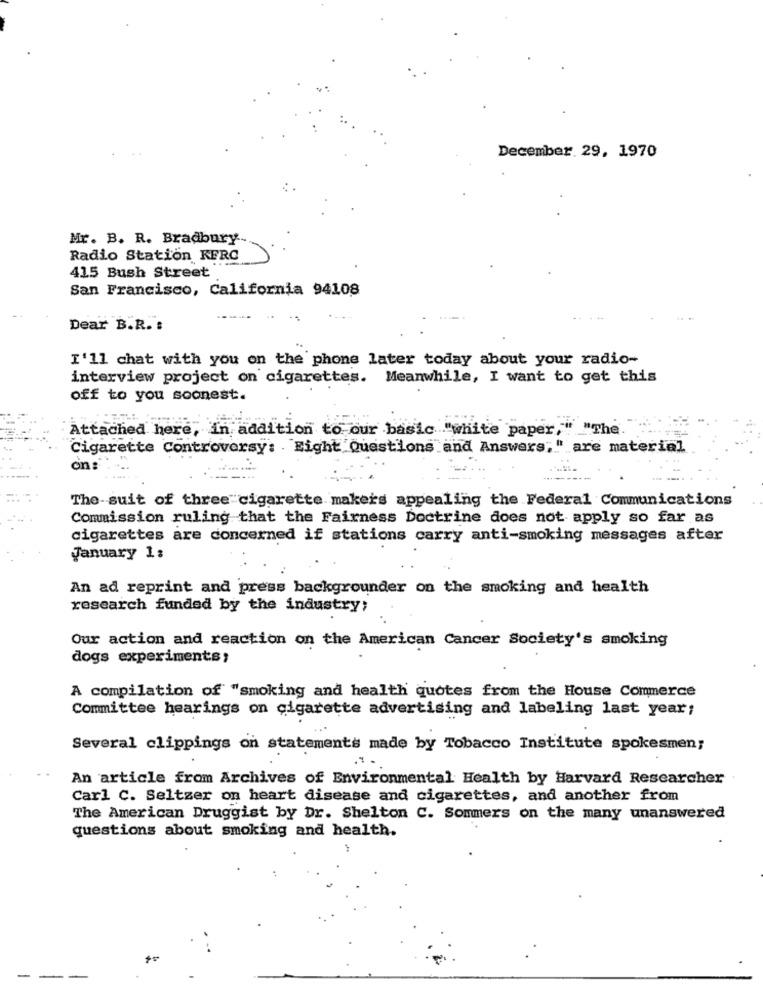
December 29, 1970
Mr. B. R. Bradbury-
Radio Station KFRC
415 Bush Street
San Francisco, California 94108
....
Dear B.R. :
I'll chat with you on the phone later today about your radio-
interview project on cigarettes. Meanwhile, I want to get this
off to you soonest.
Attached here, in addition to our basic "white paper," "The.
Cigarette Controversy: . Eight Questions and Answers;" are material
on:
---
The suit of three cigarette makers appealing the Federal Communications
Commission ruling that the Fairness Doctrine does not apply so far as
cigarettes are concerned if stations carry anti-smoking messages after
January 1:
An ad reprint and press backgrounder on the smoking and health
research funded by the industry;
Our action and reaction on the American Cancer Society's smoking
dogs experiments;
A compilation of "smoking and health quotes from the House Commerce
Committee hearings on cigarette advertising and labeling last year;
Several clippings on statements made by Tobacco Institute spokesmen;
..
An article from Archives of Environmental Health by Harvard Researcher
Carl C. Seltzer on heart disease and cigarettes, and another from
The American Druggist by Dr. Shelton C. Sommers on the many unanswered
questions about smoking and health.